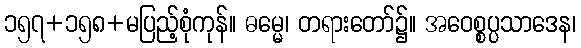
၁၅၇+၁၅၈+မပြည့်စုံကုန်။ ဓမ္မေ၊ တရားတော်၌။ အဝေစ္စပ္ပသာဒေန၊